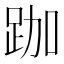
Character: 跏